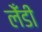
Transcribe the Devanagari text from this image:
लेँडी